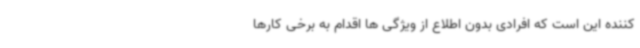
کننده این است که افرادی بدون اطلاع از ویژگی ها اقدام به برخی کارها